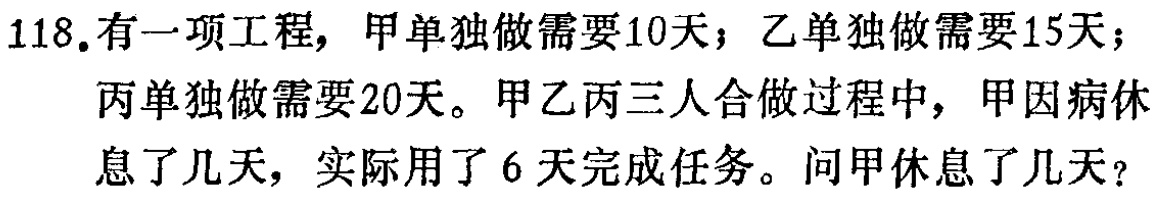
118.有一项工程，甲单独做需要10天；乙单独做需要15天；丙单独做需要20天。甲乙丙三人合做过程中，甲因病休息了几天，实际用了6天完成任务。问甲休息了几天？